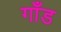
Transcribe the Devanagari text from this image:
गाँड